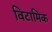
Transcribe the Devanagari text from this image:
विटामिक